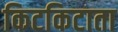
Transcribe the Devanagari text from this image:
किटकिटाता